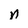
Character: n